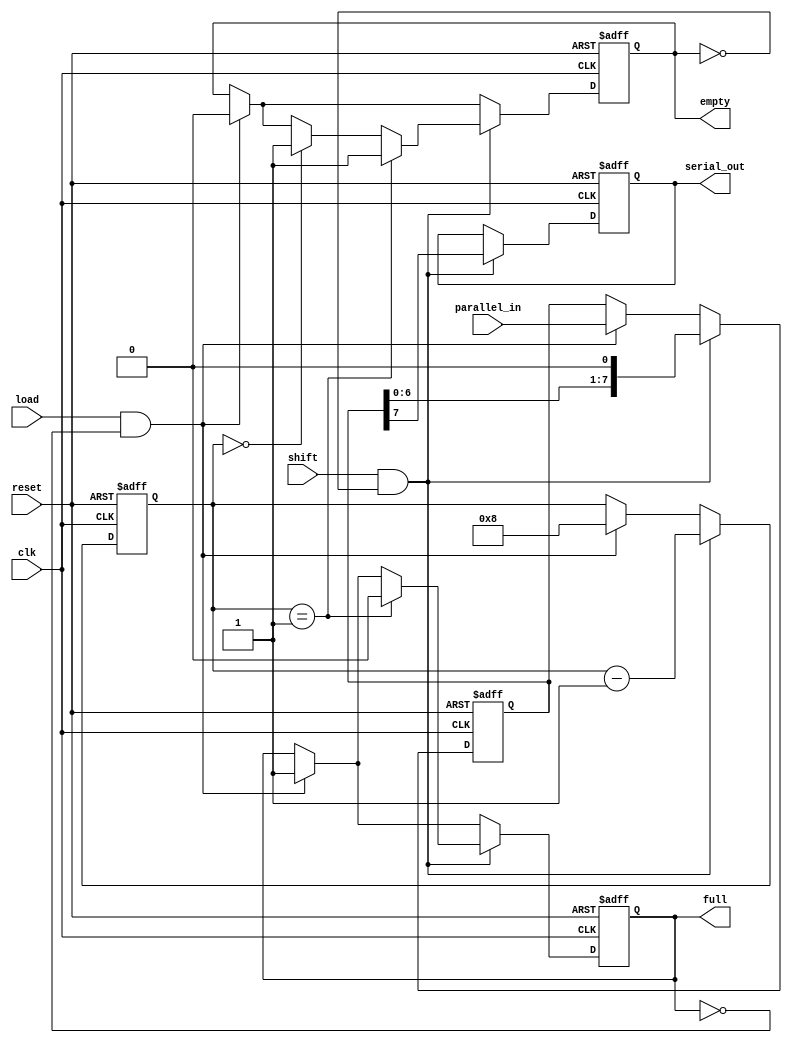
module fifo_piso #(parameter DEPTH = 8)(
    input wire clk,
    input wire reset,
    input wire load,
    input wire shift,
    input wire [DEPTH-1:0] parallel_in,
    output reg serial_out,
    output reg full,
    output reg empty
);

    reg [DEPTH-1:0] fifo;     // Storage for data
    reg [3:0] count;          // Counter for number of entries in FIFO
    
    always @(posedge clk or posedge reset) begin
        if (reset) begin
            fifo <= 0;
            count <= 0;
            full <= 0;
            empty <= 1;
            serial_out <= 0;
        end else begin
            // Load operation
            if (load && !full) begin
                fifo <= parallel_in;
                count <= DEPTH; // Assuming full load (DEPTH bits)
                full <= 1;
                empty <= 0;
            end
            
            // Shift operation
            if (shift && !empty) begin
                serial_out <= fifo[DEPTH-1];
                fifo <= {fifo[DEPTH-2:0], 1'b0}; // Shift left and clear LSB
                count <= count - 1;
                
                if (count == 1) begin
                    full <= 0;
                    empty <= 1; // FIFO becomes empty after last entry
                end else if (count == 0) begin
                    empty <= 1; // Ensure empty flag is set
                end
            end
        end
    end

endmodule